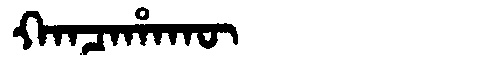
Manchu: ᡴᠠᠨᠴᠠᡥᠠᡴᡡ
Romanization: KANCAHAKŪ